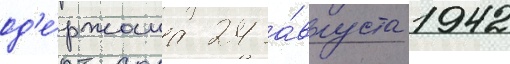
од'е́ржана 24 а́вгуста 1942